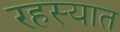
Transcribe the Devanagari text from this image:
रहस्यात